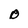
Character: D